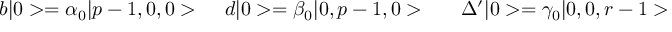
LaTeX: b \vert 0 > = \alpha _ { 0 } \vert p - 1 , 0 , 0 > \ \ \ \, d \vert 0 > = \beta _ { 0 } \vert 0 , p - 1 , 0 > \ \ \ \ \ \Delta ^ { \prime } \vert 0 > = \gamma _ { 0 } \vert 0 , 0 , r - 1 >